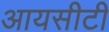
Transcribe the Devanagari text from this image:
आयसीटी